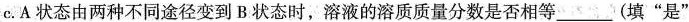
c.A 状态由两种不同途径变到 B 状态时，溶液的溶质质量分数是否相等___(填“是”